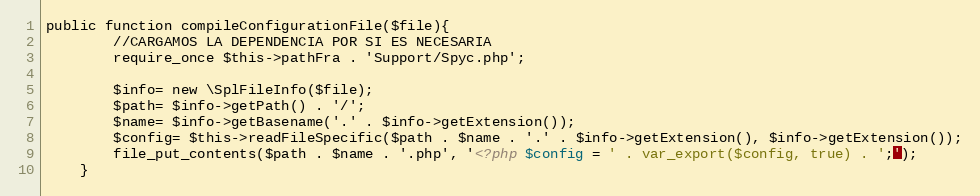
Language: PHP
public function compileConfigurationFile($file){
        //CARGAMOS LA DEPENDENCIA POR SI ES NECESARIA
        require_once $this->pathFra . 'Support/Spyc.php';

        $info= new \SplFileInfo($file);
        $path= $info->getPath() . '/';
        $name= $info->getBasename('.' . $info->getExtension());
        $config= $this->readFileSpecific($path . $name . '.' . $info->getExtension(), $info->getExtension());
        file_put_contents($path . $name . '.php', '<?php $config = ' . var_export($config, true) . ';');
    }